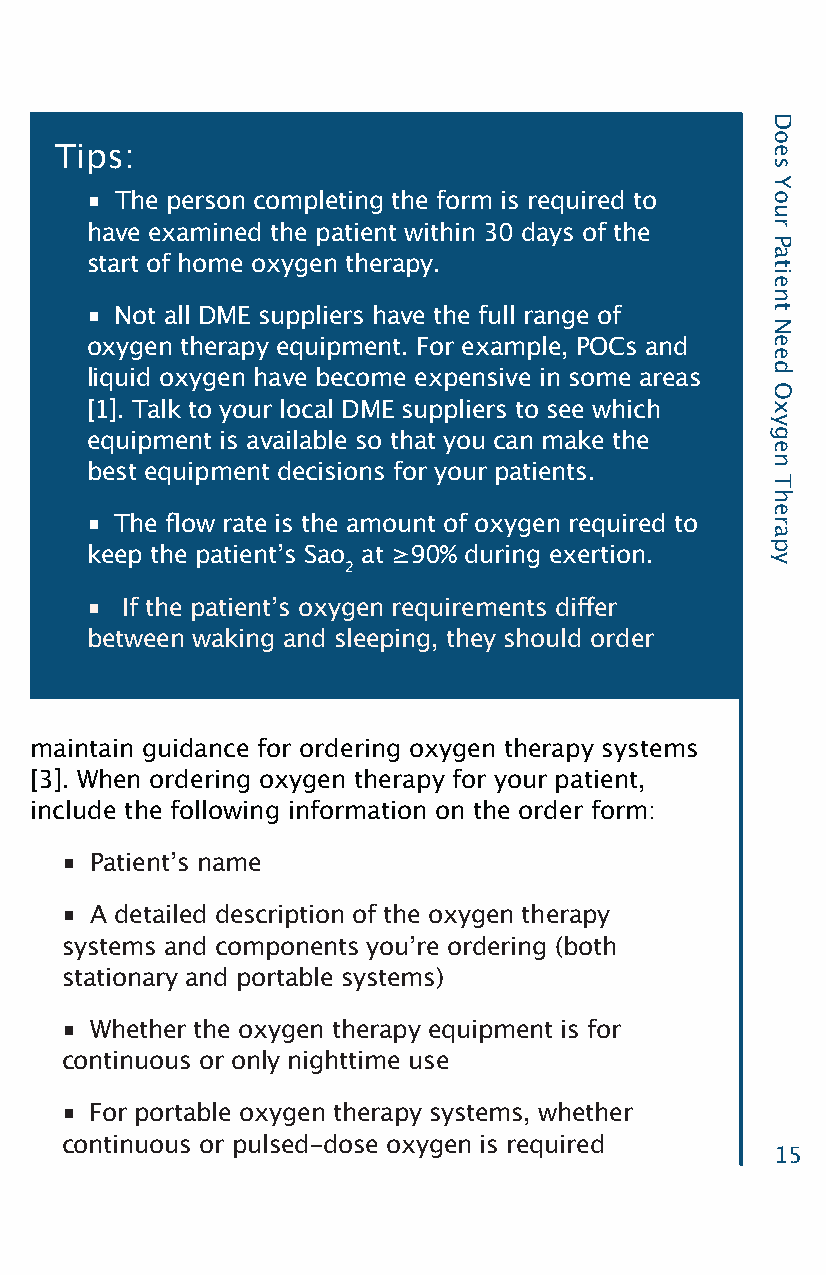
Tips:
 ■ The person completing the form is required to
 have examined the patient within 30 days of the
 start of home oxygen therapy.
 ■ Not all DME suppliers have the full range of
 oxygen therapy equipment. For example, POCs and
 liquid oxygen have become expensive in some areas
 [1]. Talk to your local DME suppliers to see which
 equipment is available so that you can make the
 best equipment decisions for your patients.
 ■ The flow rate is the amount of oxygen required to
 keep the patientʼs Sao at ≥90% during exertion.
 2
 ■ If the patientʼs oxygen requirements differ
 between waking and sleeping, they should order
 maintain guidance for ordering oxygen therapy systems
 [3]. When ordering oxygen therapy for your patient,
 include the following information on the order form:
 ■ Patientʼs name
 ■ A detailed description of the oxygen therapy
 systems and components youʼre ordering (both
 stationary and portable systems)
 ■ Whether the oxygen therapy equipment is for
 continuous or only nighttime use
 ■ For portable oxygen therapy systems, whether
 continuous or pulsed-dose oxygen is required
 15
 Does
 Your
 Patient
 Need
 Oxygen
 Therapy